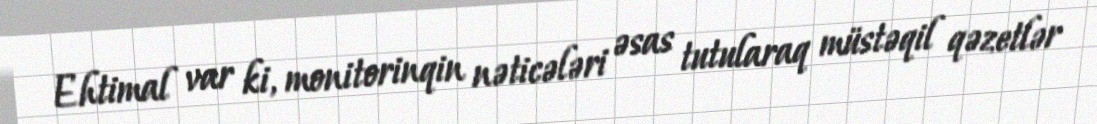
Ehtimal var ki, monitorinqin nəticələri əsas tutularaq müstəqil qəzetlər